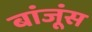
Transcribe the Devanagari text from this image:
बांजूंस